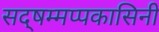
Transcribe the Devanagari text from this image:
सद्षम्मप्पकासिनी